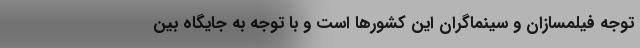
توجه فیلمسازان و سینماگران این کشورها است و با توجه به جایگاه بین